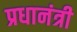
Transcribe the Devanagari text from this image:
प्रधानंत्री